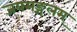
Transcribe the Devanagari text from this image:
जयमङ्गलम्‌